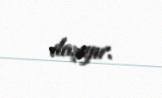
daşıyır.